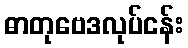
ဓာတုဗေဒလုပ်ငန်း